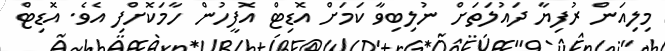
މިލިއަން ރުފިޔާ ދައުލަތަށް ނުލިބިވާ ކަމަށް އޮޑިޓް އޮފީހުން ހާމަކޮށްފި އެވެ. އޮޑިޓް